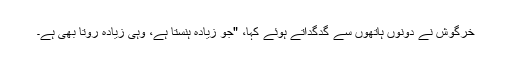
خرگوش نے دونوں ہاتھوں سے گدگداتے ہوئے کہا، "جو زیادہ ہنستا ہے، وہی زیادہ روتا بھی ہے۔